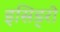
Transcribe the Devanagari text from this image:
इसिड्रो